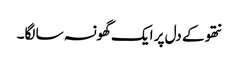
نتھو کے دل پر ایک گھونسہ سا لگا۔